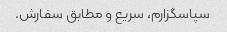
سپاسگزارم، سریع و مطابق سفارش.